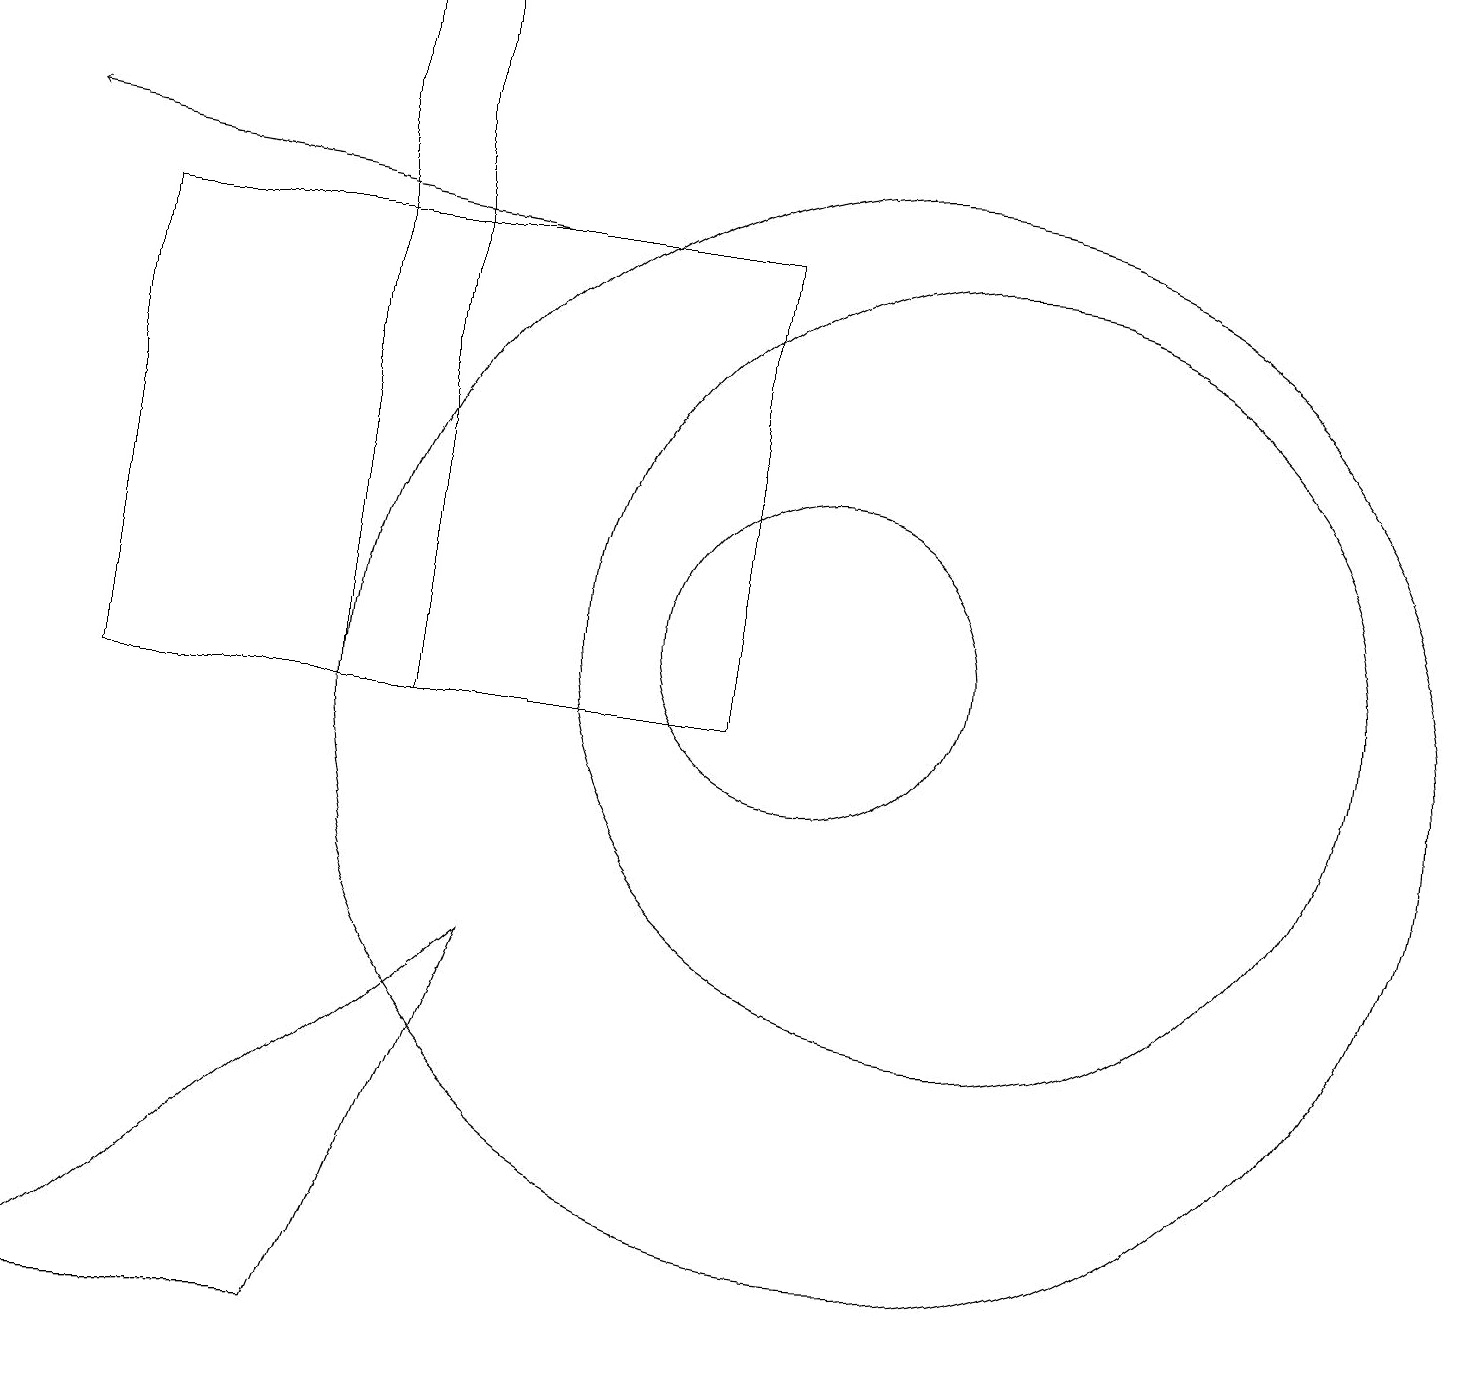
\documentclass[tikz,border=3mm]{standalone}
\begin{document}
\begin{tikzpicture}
\draw (0,2) -- (4,2) -- (6,7) -- cycle;
\draw (5,19) rectangle (4,10);
\draw[->] (6,16) -- (0,17);
\draw (10,11) circle (2);
\draw (1,16) rectangle (9,10);
\draw (12,11) circle (5);
\draw (11,10) circle (7);
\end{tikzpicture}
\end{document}